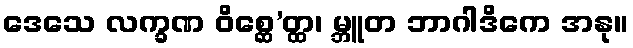
ဒေသေ လက္ခဏ ဝိစ္ဆေ’တ္ထ၊ မ္ဘူတ ဘာဂါဒိကေ အနု။